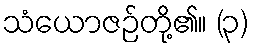
သံယောဇဉ်တို့၏။ (၃)